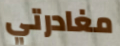
مغادرتي